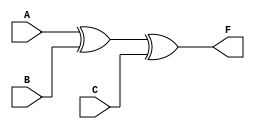
module FA_122(A, B, C, F);
	 input A, B, C;
	 output F;
	 assign F = A^B^C;
endmodule